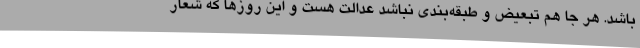
باشد. هر جا هم تبعیض و طبقه‌بندی نباشد عدالت هست و این روزها که شعار